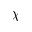
\chi